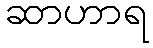
ဆာဟာရ